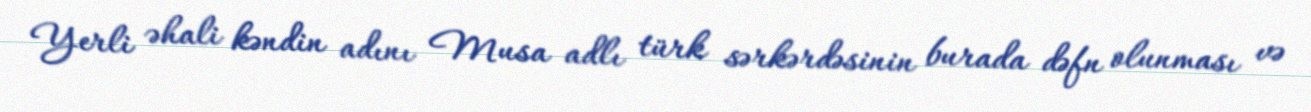
Yerli əhali kəndin adını Musa adlı türk sərkərdəsinin burada dəfn olunması və